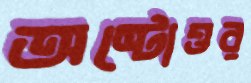
অষ্টোত্তর